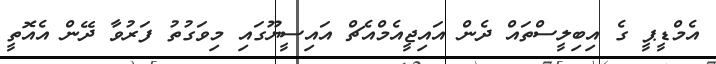
އެމްޑީޕީ ގެ އިބިލީސްތައް ދެން އައިޖީއެމްއެޗް އައިސީޔޫގައި މިވަގުތު ފަރުވާ ދޭން އެއޮތީ